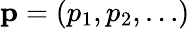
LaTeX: \mathbf{p}=(p_{1},p_{2},\ldots)